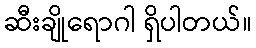
ဆီးချိုရောဂါ ရှိပါတယ်။